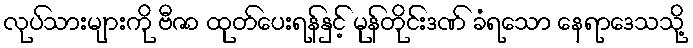
လုပ်သားများကို ဗီဇာ ထုတ်ပေးရန်နှင့် မုန်တိုင်းဒဏ် ခံရသော နေရာဒေသသို့